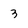
Character: 3